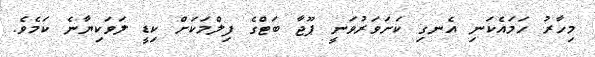
މިހާރު ހަމައެކަނި އެނގި ކަށަވަރުވަނީ ޕޫޖާ ބަޓްގެ ފިލްމަކަށް ކިޑީ ލަވަކިޔާނެ ކަމެވެ.